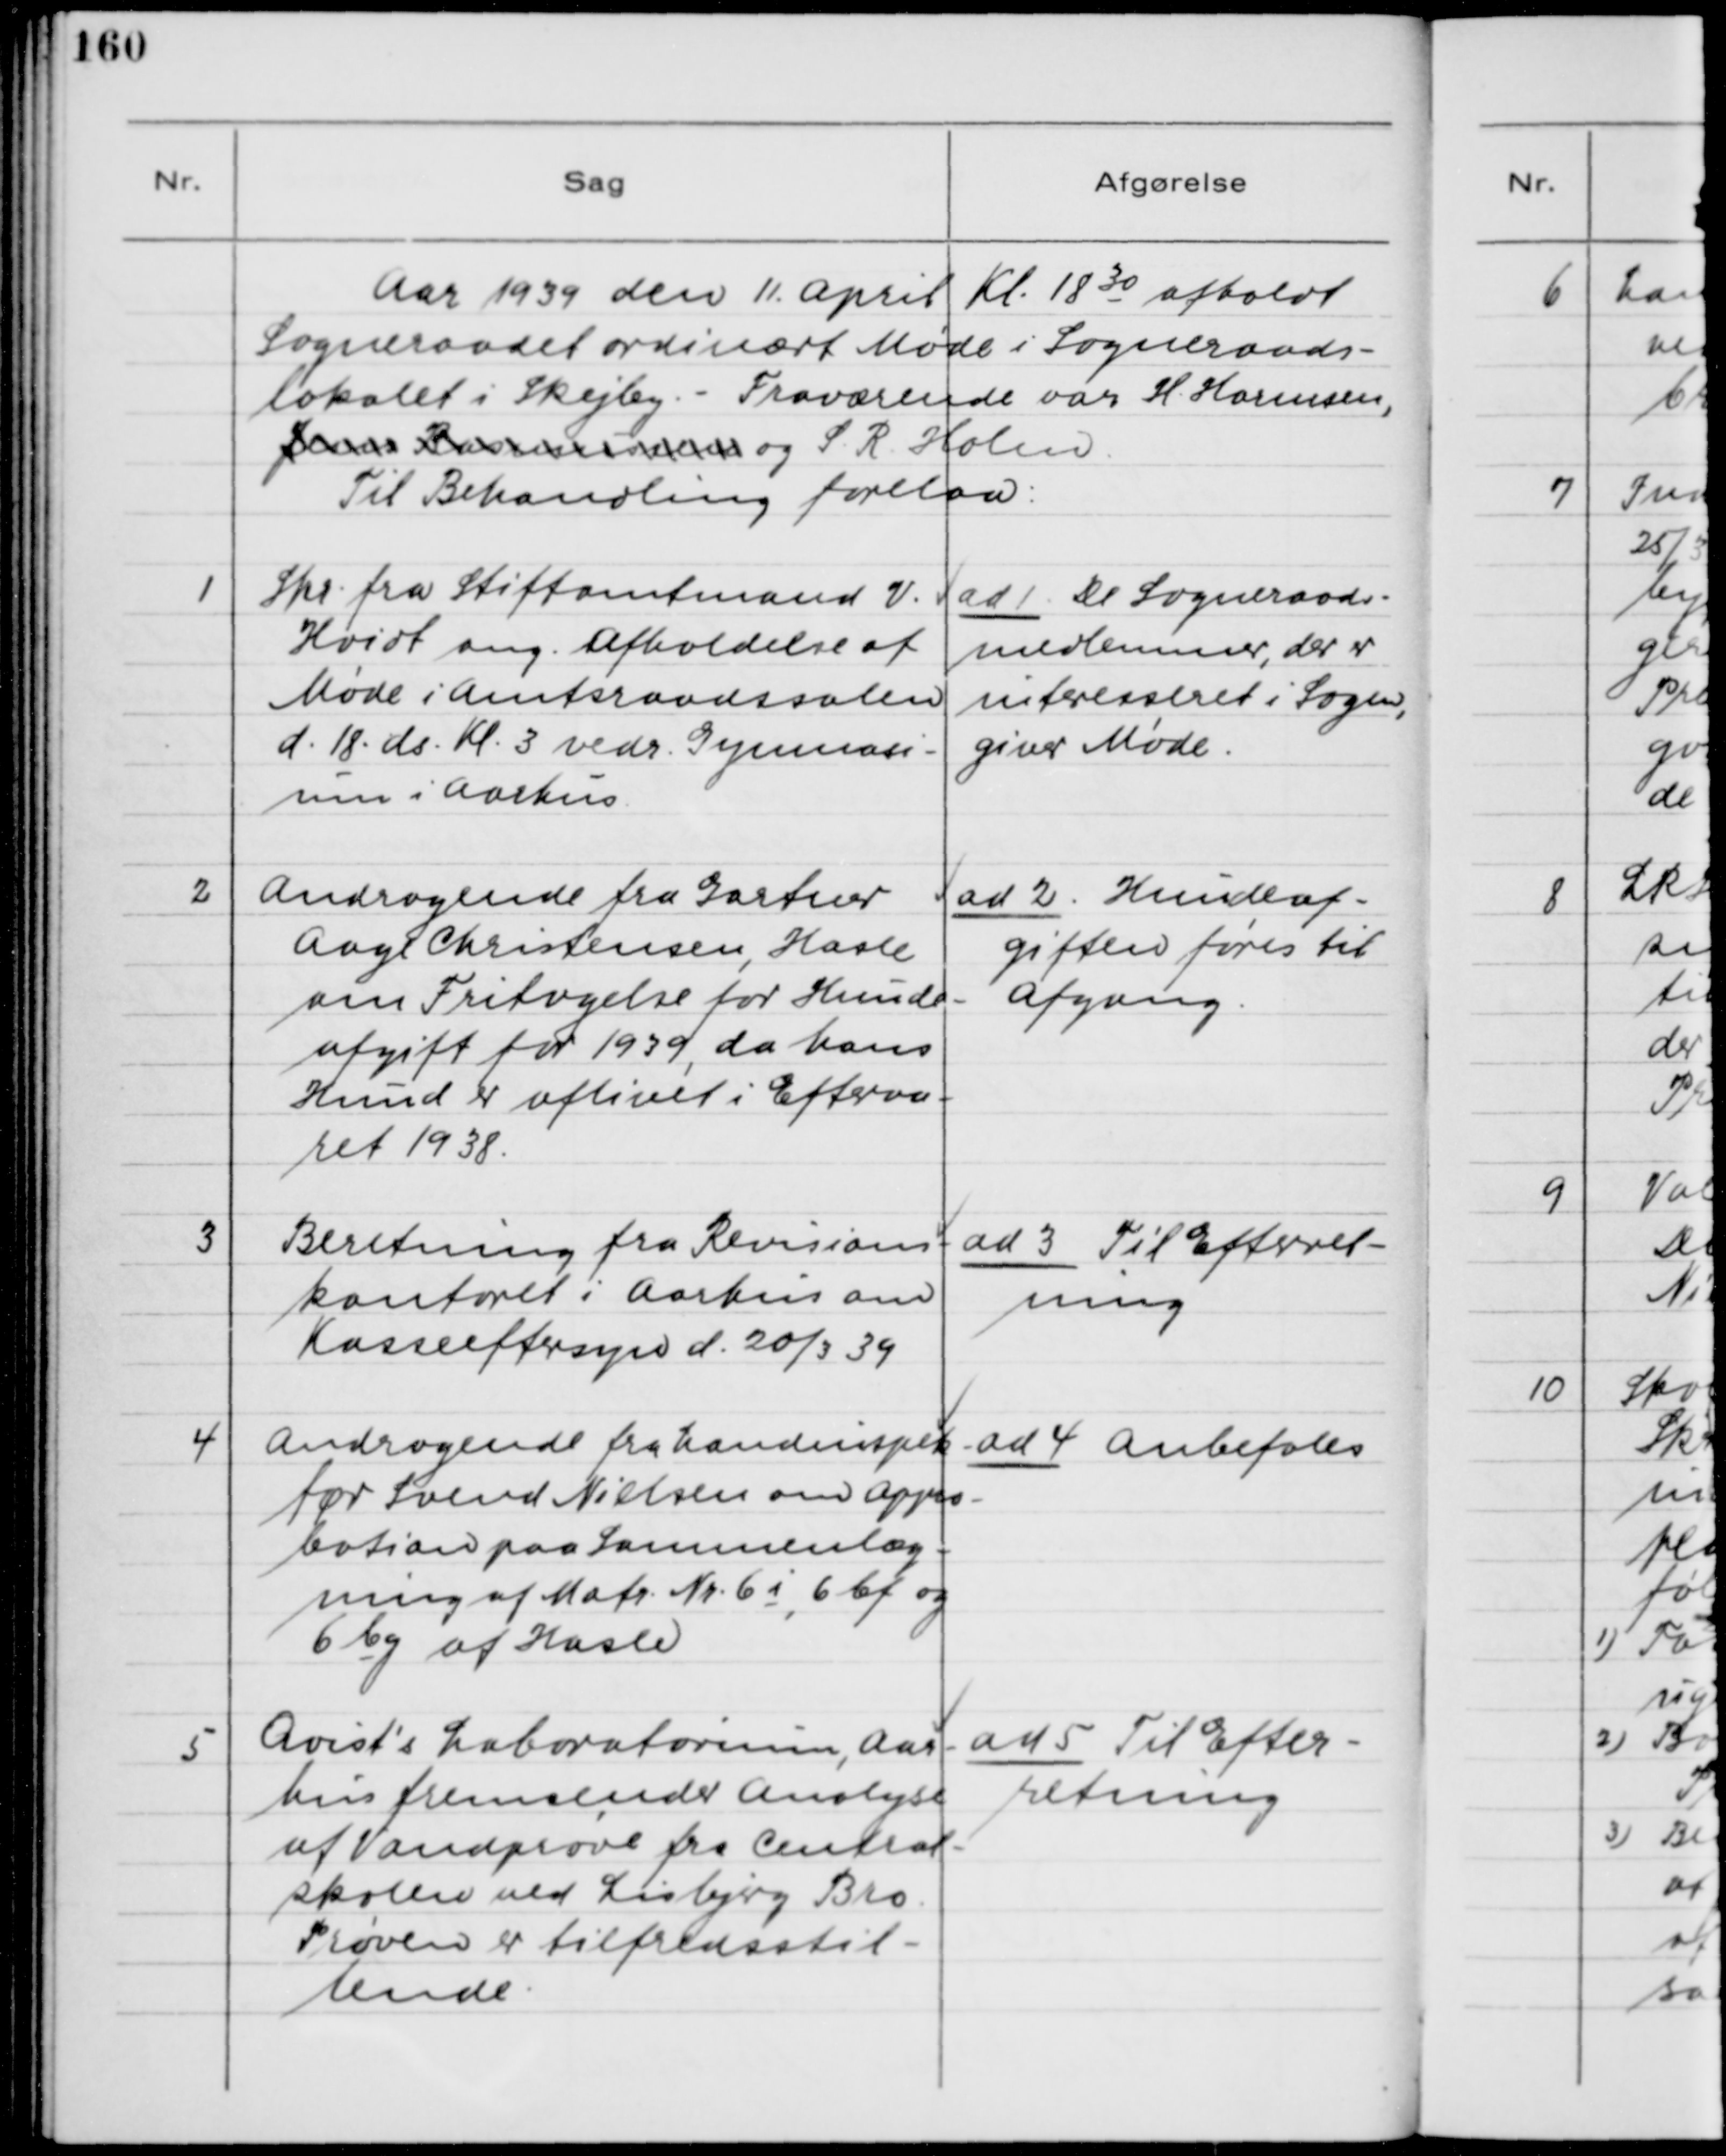
Transskription:
Aar 1939 den 11. April Kl. 18 30 afholdt
Sogneraadet ordinært Møde i Sogneraads-
lokalet i Skejby - Fraværende var H. Harmsen,
Jens Rasmussen og S. R. Holm.
Til Behandling forelaa:

1. Skr. fra Stiftamtsmand V.
Hvidt om Afholdelse af
Møde i Amtsraadssalen
d. 18 ds. Kl. 3 vedr. Gymnasi-
um i Aarhus.

ad 1. De Sogneraads-
medlemmer, der er
interesseret i Sagen,
giver Møde.

2. Andragende fra Gartner
Aage Christensen, Hasle
om Fritagelse for Hunde-
afgift for 1939, da hans
Hund er Aflivet i Efteraa-
ret 1938.

ad 2. Hundeaf-
giften føres til
Afgang.

3. Beretning fra Revisions-
kontoret i Aarhus om
Kasseeftersyn d. 20/3 39.

ad 3. Til Efterret-
ning

4. Andragende fra Landinspek-
tør Svend Nielsen om Appro-
bation paa Sammenlæg-
ning af Matr. Nr. 6 i, 6 bf og
6 bg af Hasle

ad 4. Anbefales

5. Qvist´s Laboratorium, Aar-
hus fremsender Analyse
af Vandprøve fra Central-
skolen ved Lisbjerg Bro.
Prøven er tilfredsstil-
lende.

ad 5. Til Efter-
retning